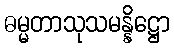
ဓမ္မတာသုသမန္နိဋ္ဌော